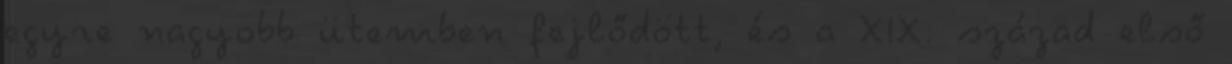
egyre nagyobb ütemben fejlődött, és a XIX. század első